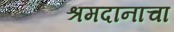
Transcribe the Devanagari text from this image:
श्रमदानाचा